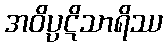
အဝိပ္ပဋိသာရိဿ